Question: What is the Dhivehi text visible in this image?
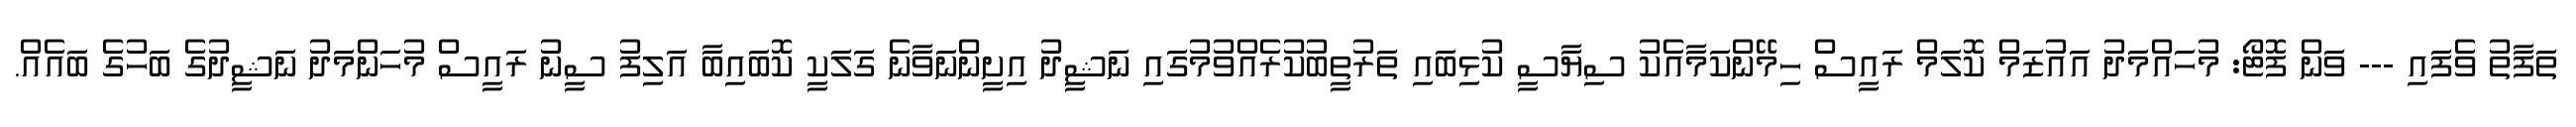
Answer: ތަފާތު ވެފައި --- ވަން ފޮޓޯ: މުހައްމަދު އައުޒަމް ކޮލަމް ރައީސް ހިމޭންކަމާއެކު ސިޔާސީ ކުޅިބައި ތަރުތީބުކުރެއްވުމުގައި ނަޝީދު އިށީންނަވާނެ ގަލަކީ ކޮބައިބާ އަލިފު ސީނު ރައީސް މުހަންމަދު ނަޝީދުގެ ބަހުގެ ބައެއް.